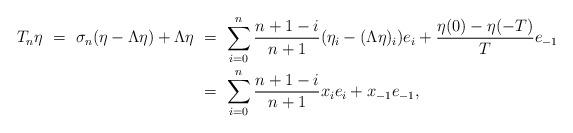
LaTeX: \begin{align*}T_n\eta \ = \ \sigma_n(\eta-\Lambda\eta) + \Lambda\eta \ &= \ \sum_{i=0}^n \frac{n+1-i}{n+1} (\eta_i-(\Lambda\eta)_i) e_i + \frac{\eta(0) - \eta(-T)}{T}e_{-1} \\&= \ \sum_{i=0}^n \frac{n+1-i}{n+1} x_ie_i + x_{-1}e_{-1},\end{align*}